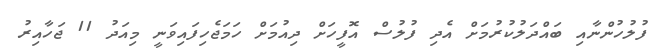
ފުލުހުންނާއި ބައްދަލުކުރުމަށް އެދި ފުލުސް އޮފީހަށް ދިއުމަށް ހަމަޖެހިފައިވަނީ މިއަދު 11 ޖަހާއިރު